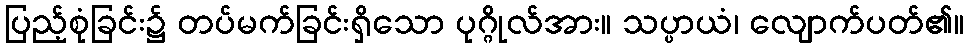
ပြည့်စုံခြင်း၌ တပ်မက်ခြင်းရှိသော ပုဂ္ဂိုလ်အား။ သပ္ပာယံ၊ လျောက်ပတ်၏။